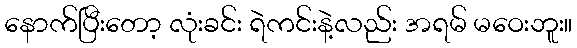
နောက်ပြီးတော့ လုံးခင်း ရဲကင်းနဲ့လည်း အရမ် မဝေးဘူး။